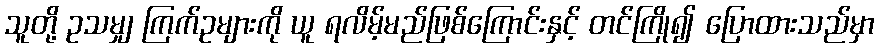
သူတို့ ဥသမျှ ကြက်ဥများကို ယူ ရလိမ့်မည်ဖြစ်ကြောင်းနှင့် တင်ကြို၍ ပြောထားသည်မှာ